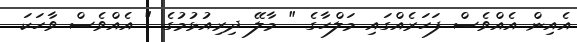
އެއިން އެއްވެސް ފަހަރެއްގައި މަލްހާގެ " މާލޭ ދިރިއުޅުމުގެ " އެއްވެސް ވާހަކަ